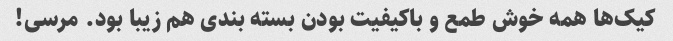
کیک‌ها همه خوش طمع و باکیفیت بودن بسته بندی هم زیبا بود. مرسی!